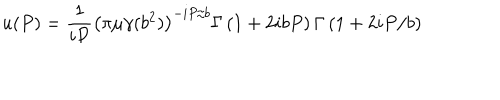
u ( P ) = \frac 1 { i P } \left( \pi \mu \gamma ( b ^ { 2 } ) \right) ^ { - i P / b } \Gamma \left( 1 + 2 i b P \right) \Gamma \left( 1 + 2 i P / b \right)